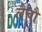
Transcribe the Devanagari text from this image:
लैचौ